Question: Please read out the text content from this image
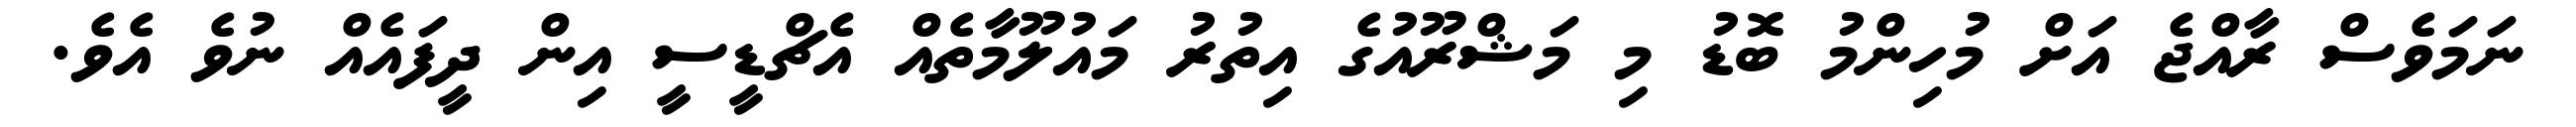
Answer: ނަމަވެސް ރާއްޖެ އަށް މުހިންމު ބޮޑު މި މަޝްރޫއުގެ އިތުރު މައުލޫމާތެއް އެޗްޑީސީ އިން ދީފައެއް ނުވެ އެވެ.